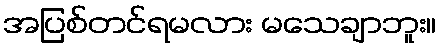
အပြစ်တင်ရမလား မသေချာဘူး။